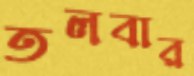
তলবার